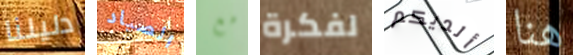
دليلنا الصياد مع لفكرة ألديكم هنا